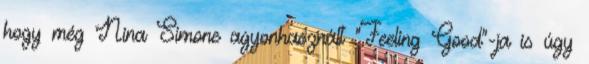
hogy még Nina Simone agyonhasznált "Feeling Good"-ja is úgy